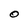
Character: O